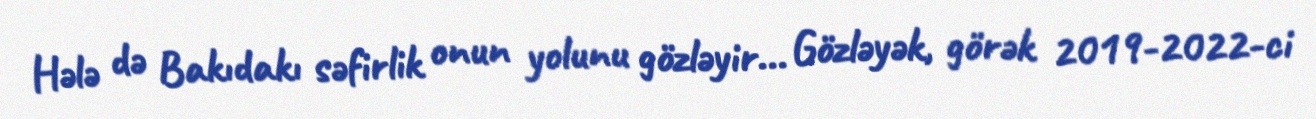
Hələ də Bakıdakı səfirlik onun yolunu gözləyir... Gözləyək, görək 2019-2022-ci